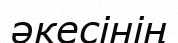
әкесінің